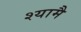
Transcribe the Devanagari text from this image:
श्यामै